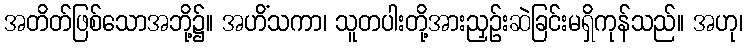
အတိတ်ဖြစ်သောအဘို့၌။ အဟိံသကာ၊ သူတပါးတို့အားညှဉ်းဆဲခြင်းမရှိကုန်သည်။ အဟု၊